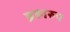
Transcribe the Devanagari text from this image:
ब्रह्मरुप